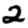
Digit: 2